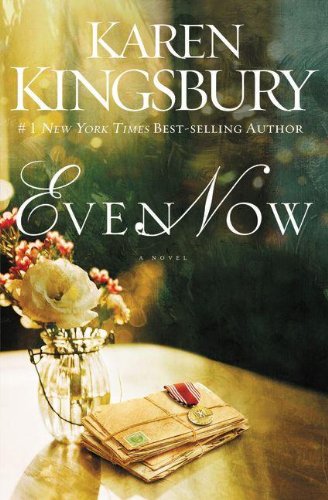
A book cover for Even Now (Lost Love Series); Karen Kingsbury; Romance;